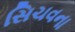
સિચવના